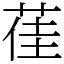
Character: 龿